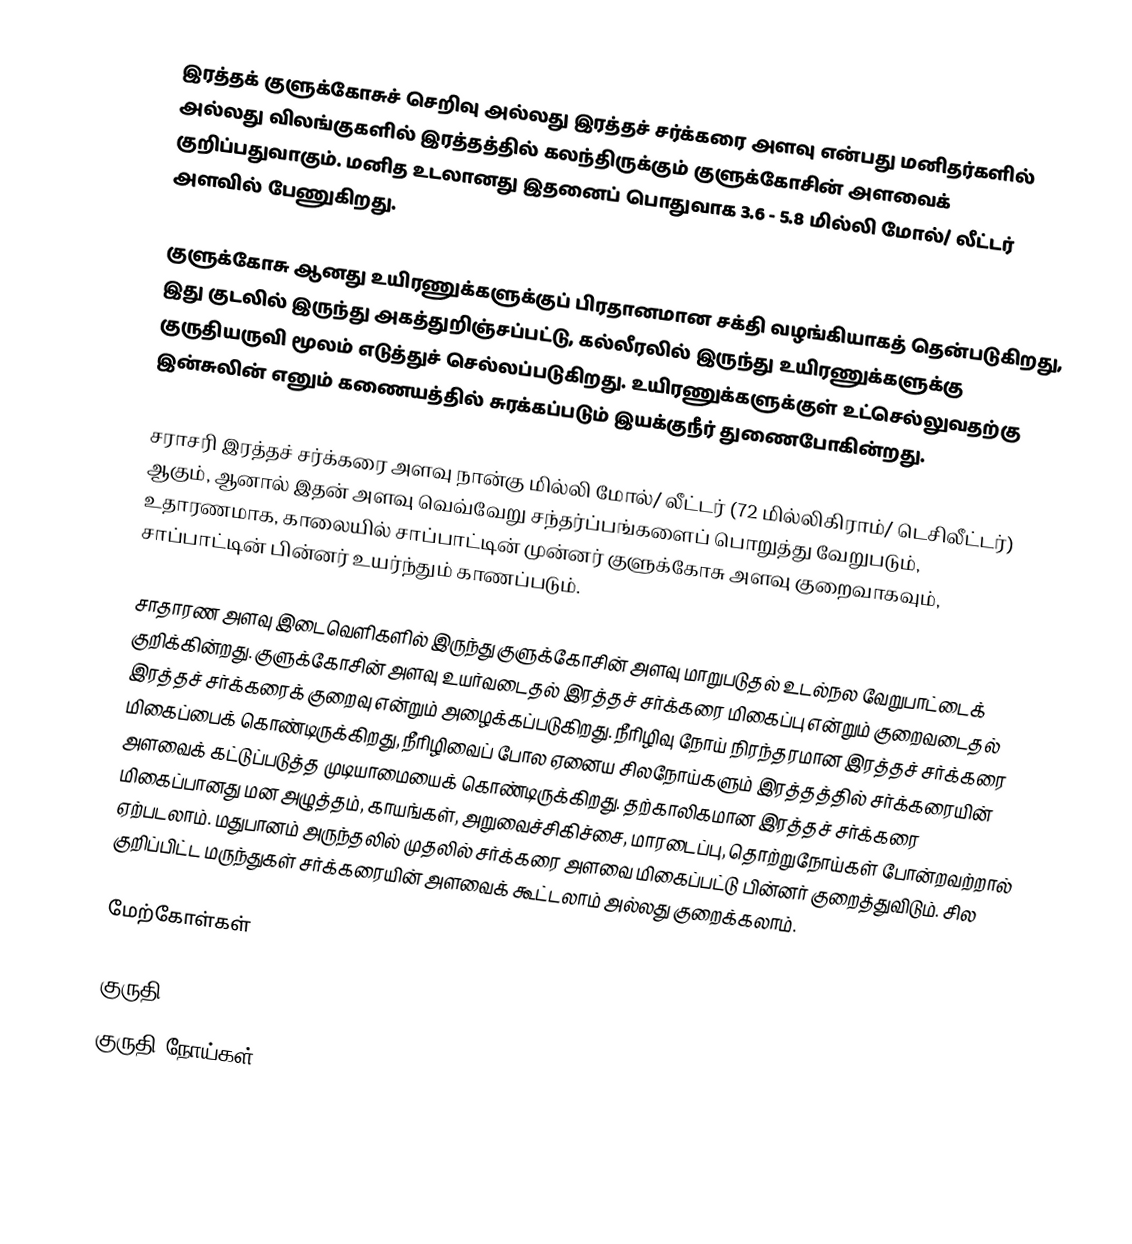
இரத்தக் குளுக்கோசுச் செறிவு அல்லது இரத்தச் சர்க்கரை அளவு என்பது மனிதர்களில் அல்லது விலங்குகளில் இரத்தத்தில் கலந்திருக்கும் குளுக்கோசின் அளவைக் குறிப்பதுவாகும். மனித உடலானது இதனைப் பொதுவாக 3.6 - 5.8 மில்லி மோல்/ லீட்டர் அளவில் பேணுகிறது.

குளுக்கோசு ஆனது உயிரணுக்களுக்குப் பிரதானமான சக்தி வழங்கியாகத் தென்படுகிறது, இது குடலில் இருந்து அகத்துறிஞ்சப்பட்டு, கல்லீரலில் இருந்து உயிரணுக்களுக்கு குருதியருவி மூலம் எடுத்துச் செல்லப்படுகிறது. உயிரணுக்களுக்குள் உட்செல்லுவதற்கு இன்சுலின் எனும் கணையத்தில் சுரக்கப்படும் இயக்குநீர் துணைபோகின்றது.

சராசரி இரத்தச் சர்க்கரை அளவு நான்கு மில்லி மோல்/ லீட்டர் (72 மில்லிகிராம்/ டெசிலீட்டர்) ஆகும், ஆனால் இதன் அளவு வெவ்வேறு சந்தர்ப்பங்களைப் பொறுத்து வேறுபடும், உதாரணமாக, காலையில் சாப்பாட்டின் முன்னர் குளுக்கோசு அளவு குறைவாகவும், சாப்பாட்டின் பின்னர் உயர்ந்தும் காணப்படும்.

சாதாரண அளவு இடைவெளிகளில் இருந்து குளுக்கோசின் அளவு மாறுபடுதல் உடல்நல வேறுபாட்டைக் குறிக்கின்றது. குளுக்கோசின் அளவு உயர்வடைதல் இரத்தச் சர்க்கரை மிகைப்பு என்றும் குறைவடைதல் இரத்தச் சர்க்கரைக் குறைவு என்றும் அழைக்கப்படுகிறது. நீரிழிவு நோய் நிரந்தரமான இரத்தச் சர்க்கரை மிகைப்பைக் கொண்டிருக்கிறது, நீரிழிவைப் போல ஏனைய சிலநோய்களும் இரத்தத்தில் சர்க்கரையின் அளவைக் கட்டுப்படுத்த முடியாமையைக் கொண்டிருக்கிறது. தற்காலிகமான இரத்தச் சர்க்கரை மிகைப்பானது மன அழுத்தம், காயங்கள், அறுவைச்சிகிச்சை, மாரடைப்பு, தொற்றுநோய்கள் போன்றவற்றால் ஏற்படலாம். மதுபானம் அருந்தலில் முதலில் சர்க்கரை அளவை மிகைப்பட்டு பின்னர் குறைத்துவிடும். சில குறிப்பிட்ட மருந்துகள் சர்க்கரையின் அளவைக் கூட்டலாம் அல்லது குறைக்கலாம்.

மேற்கோள்கள்

குருதி
குருதி நோய்கள்